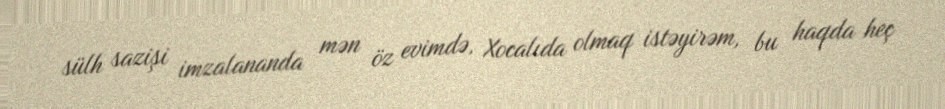
sülh sazişi imzalananda mən öz evimdə, Xocalıda olmaq istəyirəm, bu haqda heç